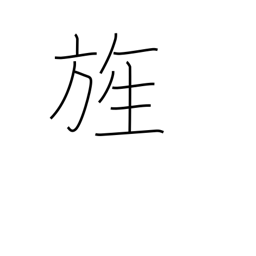
Meaning: flag